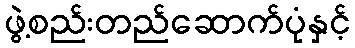
ဖွဲ့စည်းတည်ဆောက်ပုံနှင့်